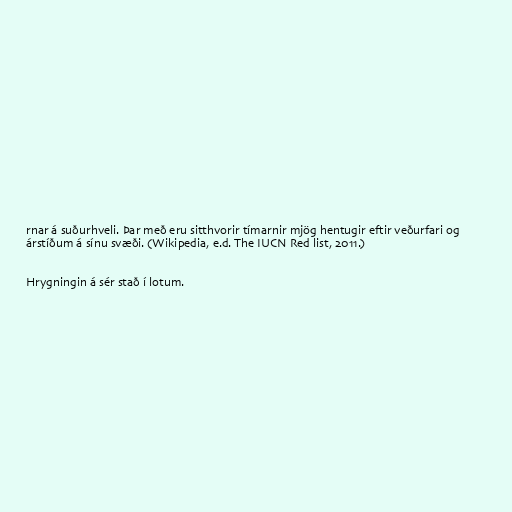
rnar á suðurhveli. Þar með eru sitthvorir tímarnir mjög hentugir eftir veðurfari og
árstíðum á sínu svæði. (Wikipedia, e.d. The IUCN Red list, 2011.)

Hrygningin á sér stað í lotum.